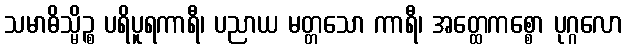
သမာဓိသ္မိဉ္စ ပရိပူရကာရီ၊ ပညာယ မတ္တသော ကာရီ၊ အတ္ထေကစ္စော ပုဂ္ဂလော